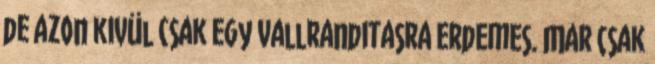
de azon kivül csak egy vallranditasra erdemes. Mar csak